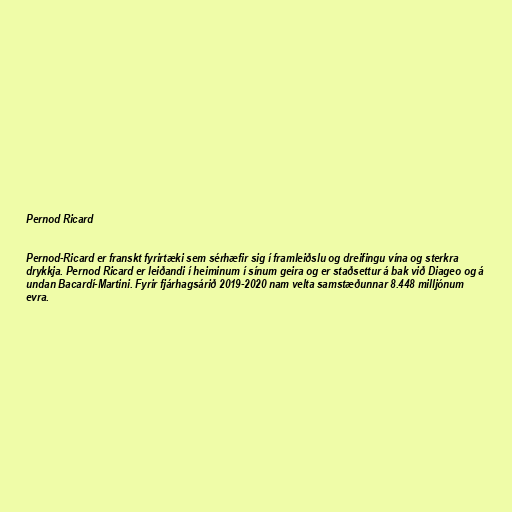
Pernod Ricard

Pernod-Ricard er franskt fyrirtæki sem sérhæfir sig í framleiðslu og dreifingu vína og sterkra
drykkja. Pernod Ricard er leiðandi í heiminum í sínum geira og er staðsettur á bak við Diageo og á
undan Bacardí-Martini. Fyrir fjárhagsárið 2019-2020 nam velta samstæðunnar 8.448 milljónum
evra.